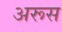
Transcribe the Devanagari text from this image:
अरूस